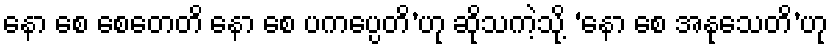
နော စေ စေတေတိ နော စေ ပကပ္ပေတိ’ဟု ဆိုသကဲ့သို့ ‘နော စေ အနုသေတိ’ဟု